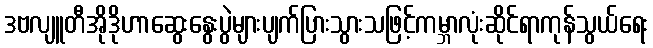
ဒဗလျူတီအိုဒိုဟာဆွေးနွေးပွဲများပျက်ပြားသွားသဖြင့်ကမ္ဘာလုံးဆိုင်ရာကုန်သွယ်ရေး